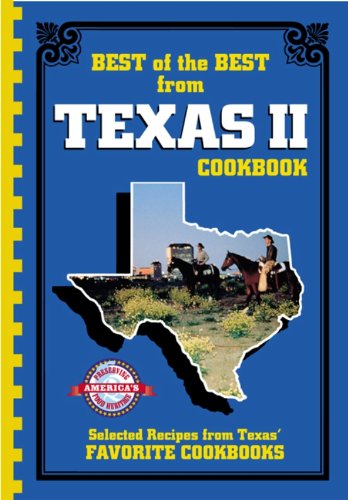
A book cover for Best of the Best from Texas II: Selected Recipes from Texas' Favorite Cookbooks; Gwen McKee; Cookbooks, Food & Wine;